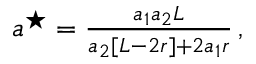
\begin{array} { r } { a ^ { \star } = \frac { a _ { 1 } a _ { 2 } L } { a _ { 2 } [ L - 2 r ] + 2 a _ { 1 } r } \, , } \end{array}